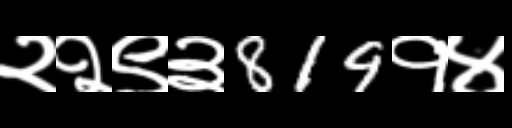
Text: २२९३819१४